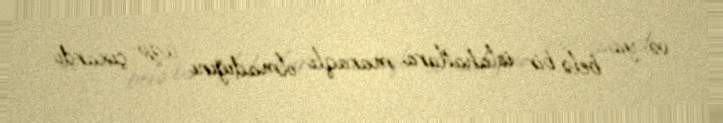
və ya belə bir islahatlara maraqlı olmadığını üzə çıxardı.